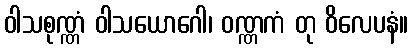
ဝါသစုဏ္ဏံ ဝါသယောဂေါ၊ ဝဏ္ဏကံ တု ဝိလေပနံ။